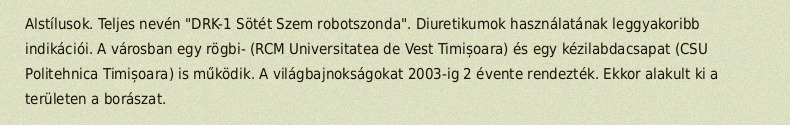
Alstílusok. Teljes nevén "DRK-1 Sötét Szem robotszonda". Diuretikumok használatának leggyakoribb indikációi. A városban egy rögbi- (RCM Universitatea de Vest Timișoara) és egy kézilabdacsapat (CSU Politehnica Timișoara) is működik. A világbajnokságokat 2003-ig 2 évente rendezték. Ekkor alakult ki a területen a borászat.